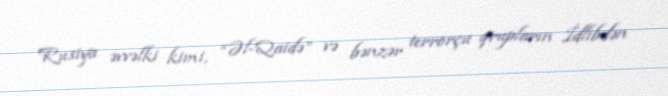
Rusiya əvvəlki kimi, “Əl-Qaidə” və bənzər terrorçu qrupların İdlibdən